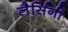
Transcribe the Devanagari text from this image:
लैर्सिनी